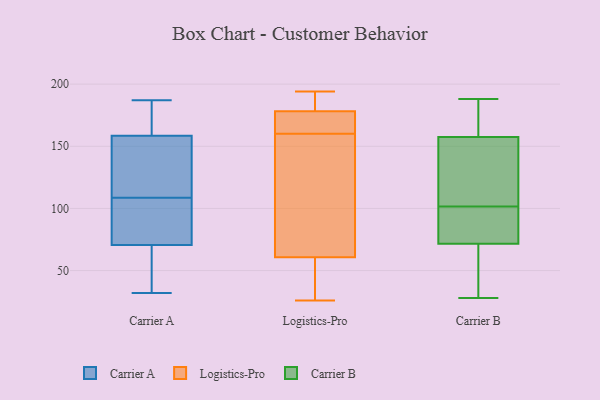
{"axis": {"x": "Population (Million)", "y": "Value"}, "legend": ["Carrier A", "Carrier B", "Logistics-Pro"], "data": [{"x": "", "y": 90, "type": "Carrier A"}, {"x": "", "y": 154, "type": "Carrier A"}, {"x": "", "y": 151, "type": "Carrier A"}, {"x": "", "y": 51, "type": "Carrier A"}, {"x": "", "y": 157, "type": "Carrier A"}, {"x": "", "y": 187, "type": "Carrier A"}, {"x": "", "y": 68, "type": "Carrier A"}, {"x": "", "y": 180, "type": "Carrier A"}, {"x": "", "y": 115, "type": "Carrier A"}, {"x": "", "y": 105, "type": "Carrier A"}, {"x": "", "y": 38, "type": "Carrier A"}, {"x": "", "y": 166, "type": "Carrier A"}, {"x": "", "y": 52, "type": "Carrier A"}, {"x": "", "y": 96, "type": "Carrier A"}, {"x": "", "y": 73, "type": "Carrier A"}, {"x": "", "y": 112, "type": "Carrier A"}, {"x": "", "y": 32, "type": "Carrier A"}, {"x": "", "y": 77, "type": "Carrier A"}, {"x": "", "y": 160, "type": "Carrier A"}, {"x": "", "y": 175, "type": "Carrier A"}, {"x": "", "y": 167, "type": "Logistics-Pro"}, {"x": "", "y": 182, "type": "Logistics-Pro"}, {"x": "", "y": 66, "type": "Logistics-Pro"}, {"x": "", "y": 194, "type": "Logistics-Pro"}, {"x": "", "y": 183, "type": "Logistics-Pro"}, {"x": "", "y": 40, "type": "Logistics-Pro"}, {"x": "", "y": 59, "type": "Logistics-Pro"}, {"x": "", "y": 26, "type": "Logistics-Pro"}, {"x": "", "y": 160, "type": "Logistics-Pro"}, {"x": "", "y": 164, "type": "Logistics-Pro"}, {"x": "", "y": 124, "type": "Logistics-Pro"}, {"x": "", "y": 101, "type": "Carrier B"}, {"x": "", "y": 102, "type": "Carrier B"}, {"x": "", "y": 88, "type": "Carrier B"}, {"x": "", "y": 78, "type": "Carrier B"}, {"x": "", "y": 28, "type": "Carrier B"}, {"x": "", "y": 150, "type": "Carrier B"}, {"x": "", "y": 65, "type": "Carrier B"}, {"x": "", "y": 188, "type": "Carrier B"}, {"x": "", "y": 55, "type": "Carrier B"}, {"x": "", "y": 156, "type": "Carrier B"}, {"x": "", "y": 86, "type": "Carrier B"}, {"x": "", "y": 177, "type": "Carrier B"}, {"x": "", "y": 187, "type": "Carrier B"}, {"x": "", "y": 41, "type": "Carrier B"}, {"x": "", "y": 124, "type": "Carrier B"}, {"x": "", "y": 159, "type": "Carrier B"}]}